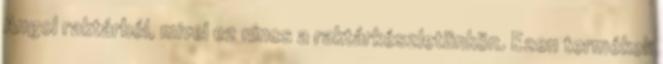
Angol raktárból, mivel ez nincs a raktárkészletünkön. Ezen termékek